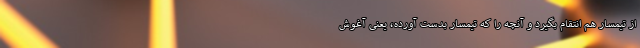
از تیمسار هم انتقام بگیرد و آنچه را که تیمسار بدست آورده، یعنی آغوش